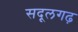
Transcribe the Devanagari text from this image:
सदूलगढ़